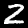
Digit: 2